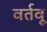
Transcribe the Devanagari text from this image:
वर्तवू